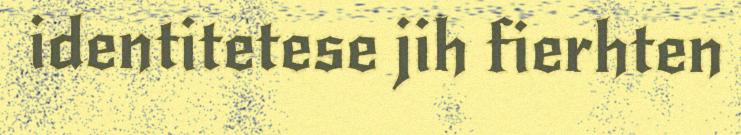
identitetese jih fierhten